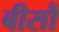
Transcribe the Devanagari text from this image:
बीसौं